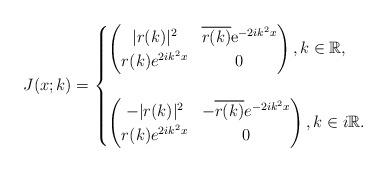
LaTeX: \begin{align*}J(x;k)=\begin{cases}\begin{pmatrix}|r(k)|^2 & \overline{r(k)} \mathrm{e}^{-2ik^2 x}\\r(k) e^{2ik^2 x} & 0\end{pmatrix},k \in \mathbb{R},\\ \\\begin{pmatrix}-|r(k)|^2 & -\overline{r(k)} e^{-2ik^2x} \\r(k) e^{2ik^2x} & 0\end{pmatrix}, k \in i\mathbb{R}. \end{cases}\end{align*}